Report on vaccination in Madras 1922-1929 - 1922-1929
Year: 1922
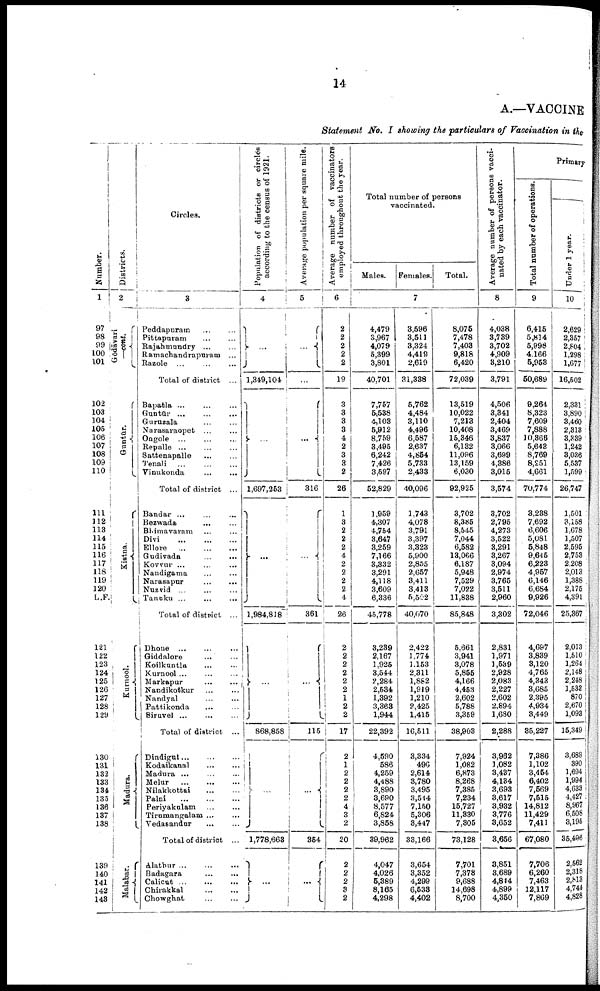
14
A.—VACCINE
Statement No. I showing the particulars of Vaccination in the
Number.
1
97
98
99
100
101
102
103
104
105
106
107
108
109
110
111
112
113
114
115
116
117
118
119
120
L.F.
121
122
123
124
125
126
127
128
129
130
131
132
133
131
135
136
137
138
139
140
141
142
143
Districts.
2
Gōdāvari
—cont.
Guntūr.
Kistna.
Kurnool.
Madura.
Malabar.
Circles.
3
Peddapuram
…
…
Pitlapuram
…
…
Rajahmundry … …
Ramachandrapuram ...
Razole ... … …
Total of district ...
Bapatla ... … …
Guntūr ... … …
Guruzala … …
Narasaraopet ... …
Ongole ... … …
Repalle
…
…
…
Sattenapalle
…
…
Tenali … … …
Vinukonda
…
…
Total of district ...
Bandar ... … …
Bezwada … …
Bhimavaram … …
Divi
…
…
…
Ellore
…
…
…
Gudivada
…
…
Kovrur ... … …
Naudigama … …
Narasapur … …
Nuzvid ... … …
Tanuku ...
...
...
Total of district ...
Dhone … … …
Giddalore … …
Koilkuntla … …
Kurnool ... … …
Markapur
…
…
Nandikotkur … …
Nandyal … …
Pattikonda … …
Siruvel
…
…
…
Total of district ...
Dindigul … … …
Kodaikanal
…
…
Madura ... … …
Melur
…
…
…
Nilakkottai
…
…
Palni
…
…
…
Periyakulam … …
Tirumangalam ... …
Vedasandur
…
…
Total of district ...
Alathur ... … …
Badagara
…
…
Calicut
…
…
…
Chirakkal
…
…
Chowghat
…
…
Population of districts or circles
according to the census of 1921.
4
...
1,349,104
...
1,697,253
...
1,984,818
…
868,858
...
1,778,663
…
Average population per square mile.
5
…
…
…
316
...
361
...
116
…
354
...
Average number of vaccinators
employed throughout the year.
6
2
2
2
2
2
19
3
3
3
3
4
2
3
3
2
26
1
3
2
2
2
4
2
2
2
2
4
26
2
2
2
2
2
2
1
2
2
17
2
1
2
2 2
2
4
3
2
20
2
2
2
3
2
Total number of persons
vaccinated.
Males. Females.
Total.
7
4,479
3,967
4,079
5,399
3,801
40,701
7,757
5,538
4,103
5,912
8,759
3,495
6,242
7,426
3,597
52,829
1,959
4,307
4,754
3,647
3,259
7,166
3,332
3,291
4,118
3,609
6,336
45,778
3,239
2,167
1,925
3,544
2,284
2,634
1,392
3,368
1,944
22,392
4,590
586
4,259
4,488
3,890
3,690
8,577
6,824
3,858
39,962
4,047
4,026
6,389
8,165
4,298
3,596
3,511
3,324
4,419
2,619
31,338
5,762
4,484
3,110
4,496
6,587
2,637
4,854
5,733
2,438
40,096
1,743
4,078
3,791
3,397
3,328
5,900
2,855
2,657
3,411
3,413
5,502
40,070
2,422
1,774
1,153
2,311
1,882
1,919
1,210
2,425
1,415
16,511
3,334
496
2,614
3,780
3,495
3,544
7,150
5,306
3,447
33,166
3,654
3,352
4,299
6,538
4,402
8,075
7,478
7,403
9,818
6,420
72,039
13,519
10,022
7,213
10,408
15,346
6,182
11,096
13,159
6,030
92,925
3,702
8,385
8,545
7,044
6,582
13,066
6,187
5,948
7,529
7,022
11,838
85,848
5,661
3,941
3,078
5,855
4,166
4,463
2,602
5,788
3,369
38,903
7,924
1,082
6,873
8,268
7,385
7,234
15,727
11,330
7,305
73,128
7,701
7,378
9,688
14,698
8,700
Average number of persons vacci
nated by each vaccinator.
8
4,038
3,739
3,702
4,909
3,210
3,791
4,506
3,341
2,404
3,469
3,837
3,066
3,699
4,386
3,015
3,574
3,702
2,795
4,273
3,522
3,291
3,267
3,094
2,974
3,765
3,511
2,960
3,302
2,831
1,971
1,539
2,928
2,083
2,227
2,602
2,894
1,680
2,288
3,962
1,082
3,487
4,184
3,698
3,617
3,982
3,776
3,652
3,656
3,851
3,689
4,814
4,899
4,350
Primary
Total number of operations.
9
6,415
5,814
5,998
4,166
5,958
50,689
9,264
8,323
7,609
7,888
10,366
5,643
8,769
8,251
4,661
70,774
3,238
7,692
6,606
5,081
5,848
9,645
6,228
4,957
6,146
6,684
9,926
72,046
4,697
3,839
3,120
4,765
4,343
3,685
2,395
4,934
3,449
35,227
7,386
1,102
3,464
6,402
7,569
7,515
14,812
11,429
7,411
67,080
7,706
6,260
7,463
12,117
7,869
Under 1 year.
10
2,629
2,357
2,804
1,298
1,677
16,502
2,331
3,890
3,460
2,313
3,339
1,242
8,036
5,537
1,599
26,747
1,501
3,158
1,678
1,507
2,595
2,758
2,208
2,013
1,388
2,175
4,391
25,867
2,013
1,510
1,264
2,148
2,248
1,533
870
2,670
1,093
15,349
3,688
390
1,694
1,994
4,633
4,427
8,967
6,508
3,196
35,496
2,562
2,318
2,813
4,744
4,828